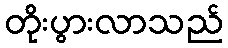
တိုးပွားလာသည်